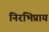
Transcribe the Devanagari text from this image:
निरभिप्राय